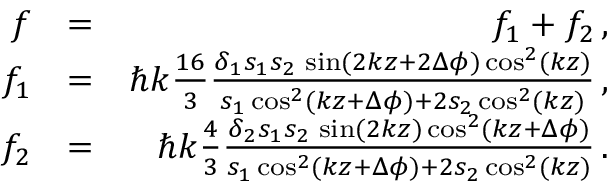
\begin{array} { r l r } { f } & { = } & { f _ { 1 } + f _ { 2 } \, , } \\ { f _ { 1 } } & { = } & { \hbar k \frac { 1 6 } { 3 } \frac { \delta _ { 1 } s _ { 1 } s _ { 2 } \, \sin ( 2 k z + 2 \Delta \phi ) \cos ^ { 2 } ( k z ) } { s _ { 1 } \cos ^ { 2 } ( k z + \Delta \phi ) + 2 s _ { 2 } \cos ^ { 2 } ( k z ) } \, , } \\ { f _ { 2 } } & { = } & { \hbar k \frac { 4 } { 3 } \frac { \delta _ { 2 } s _ { 1 } s _ { 2 } \, \sin ( 2 k z ) \cos ^ { 2 } ( k z + \Delta \phi ) } { s _ { 1 } \cos ^ { 2 } ( k z + \Delta \phi ) + 2 s _ { 2 } \cos ^ { 2 } ( k z ) } \, . } \end{array}